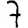
Digit: 7